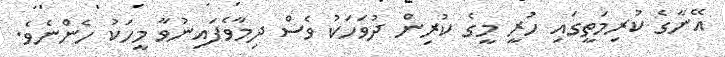
އޭނާގެ ކުރިމަތީގައި ހުރީ މީގެ ކުރިން ދުވަހަކު ވެސް ދިމާވެފައިނުވާ މީހަކު ހެންނެވެ.